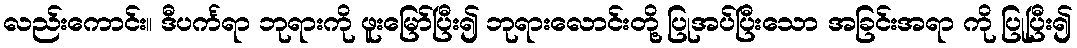
လည်းကောင်း။ ဒီပင်္ကရာ ဘုရားကို ဖူးမြော်ပြီး၍ ဘုရားလောင်းတို့ ပြုအပ်ပြီးသော အခြင်းအရာ ကို ပြုပြီး၍